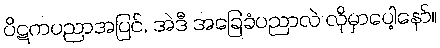
ပိဋကပညာအပြင်, အဲဒီ အခြေခံပညာလဲ လိုမှာပေါ့နော်။